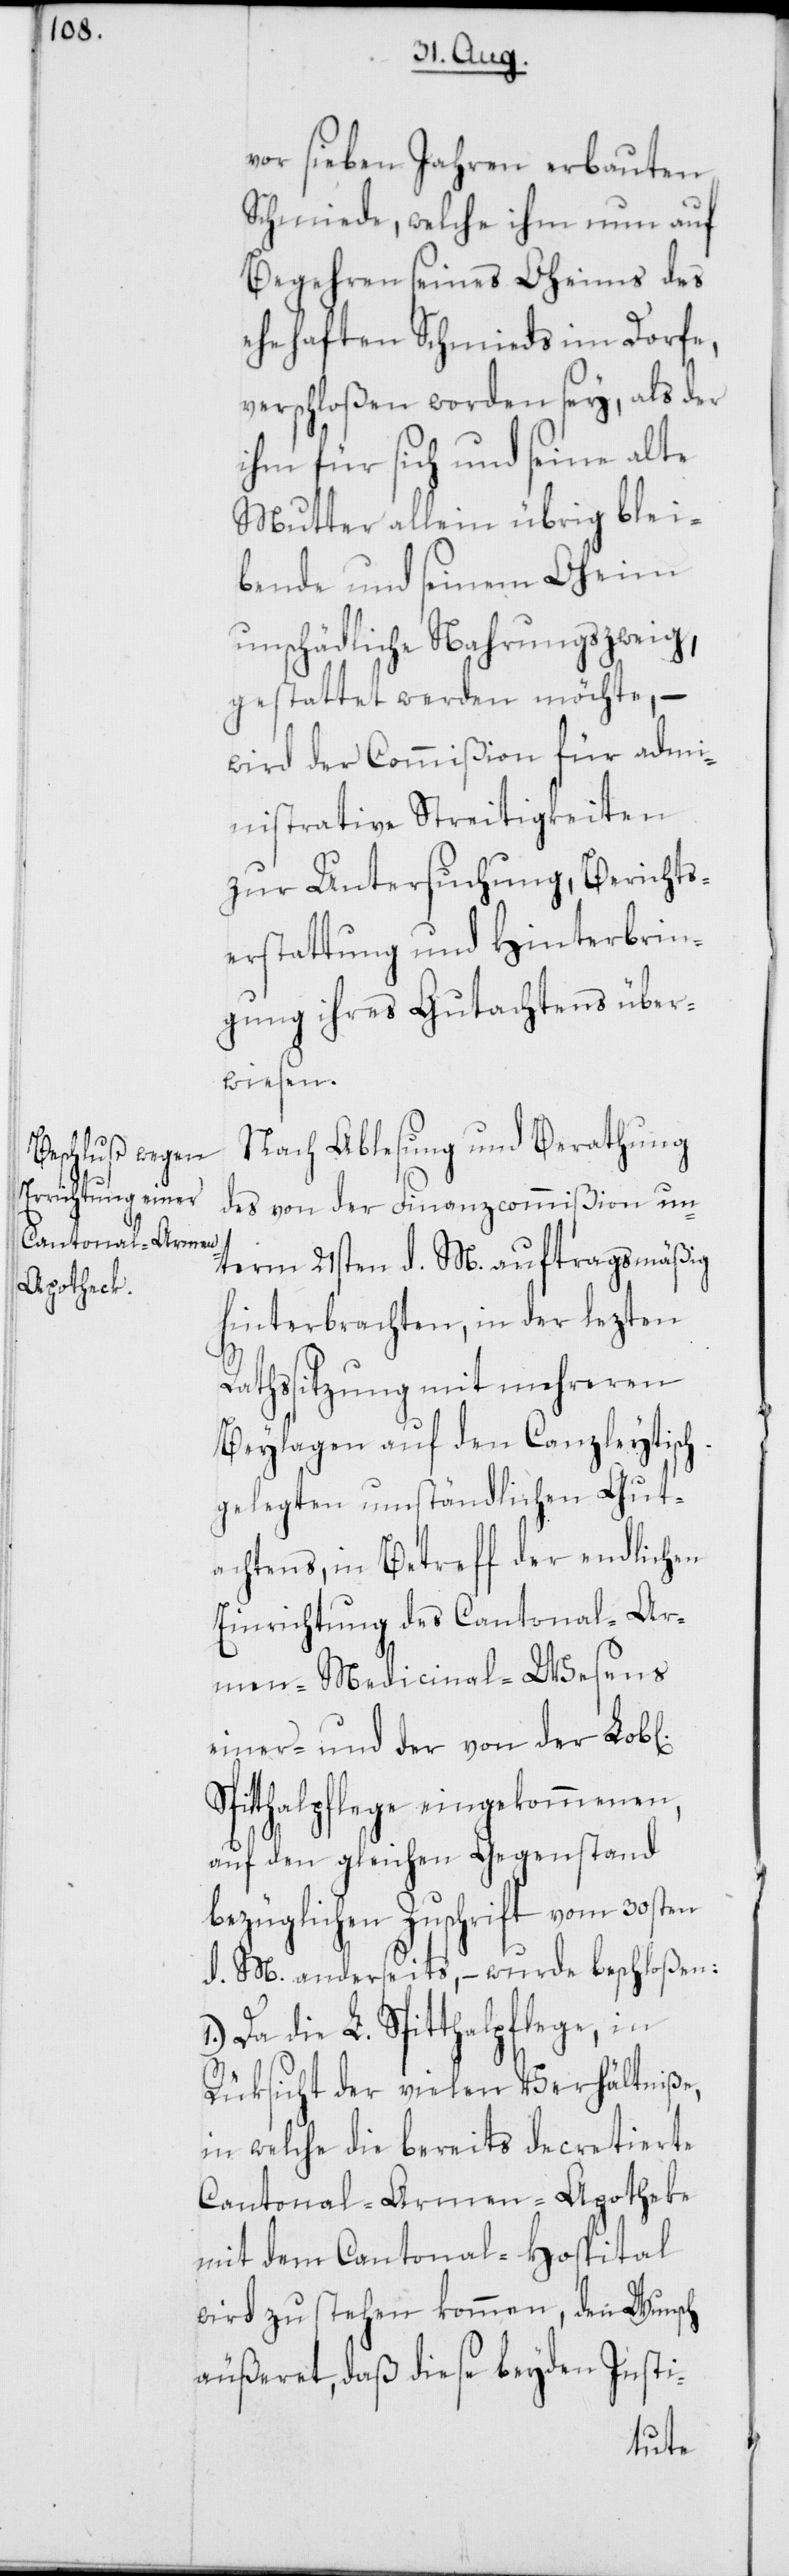
vor sieben Jahren erbauten
Schmiede, welche ihm nun auf
Begehren seines Oheims des
ehehaften Schmieds im Dorfe,
verschloßen worden sey, als der
ihm für sich und seine alte
Mutter allein übrig blei¬
bende und seinem Oheim
unschädliche Nahrungszweig,
gestattet werden möchte, –
wird der Commißion für admi¬
nistrative Streitigkeiten
zur Untersuchung, Berichts¬
erstattung und Hinterbrin¬
gung ihres Gutachtens über¬
ichen]
Nach Ablesung und Berathung
des von der Finanzcommißion un¬
term 21sten d. M. auftragsmäßig
hinterbrachten, in der lezten
Rathssitzung mit mehreren
Beylagen auf den Canzleytisch
gelegten umständlichen Gut¬
achtens, in Betreff der endlichen
Einrichtung des Cantonal-Ar¬
men-Medicinal-Wesens
einer- und der von der Lob[l¬
Spitthalpflege eingekommenen,
auf den gleichen Gegenstand
bezüglichen Zuschrift vom 30sten
d. M. anderseits, – wurde beschloßen:
1.) Da die L. Spitthalpflege, in
Rüksicht der vielen Verhältniße,
in welche die bereits decretierte
Cantonal-Armen-Apotheke
mit dem Cantonal-Hospital
wird zu stehen kommen, den Wunsch
äußeret, daß diese beyden Insti-